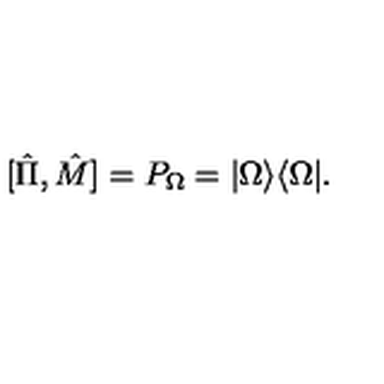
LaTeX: [ \hat { \Pi } , \hat { M } ] = P _ { \Omega } = | \Omega \rangle \langle \Omega | .